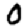
Digit: 0